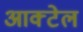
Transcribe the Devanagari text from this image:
आक्टेल